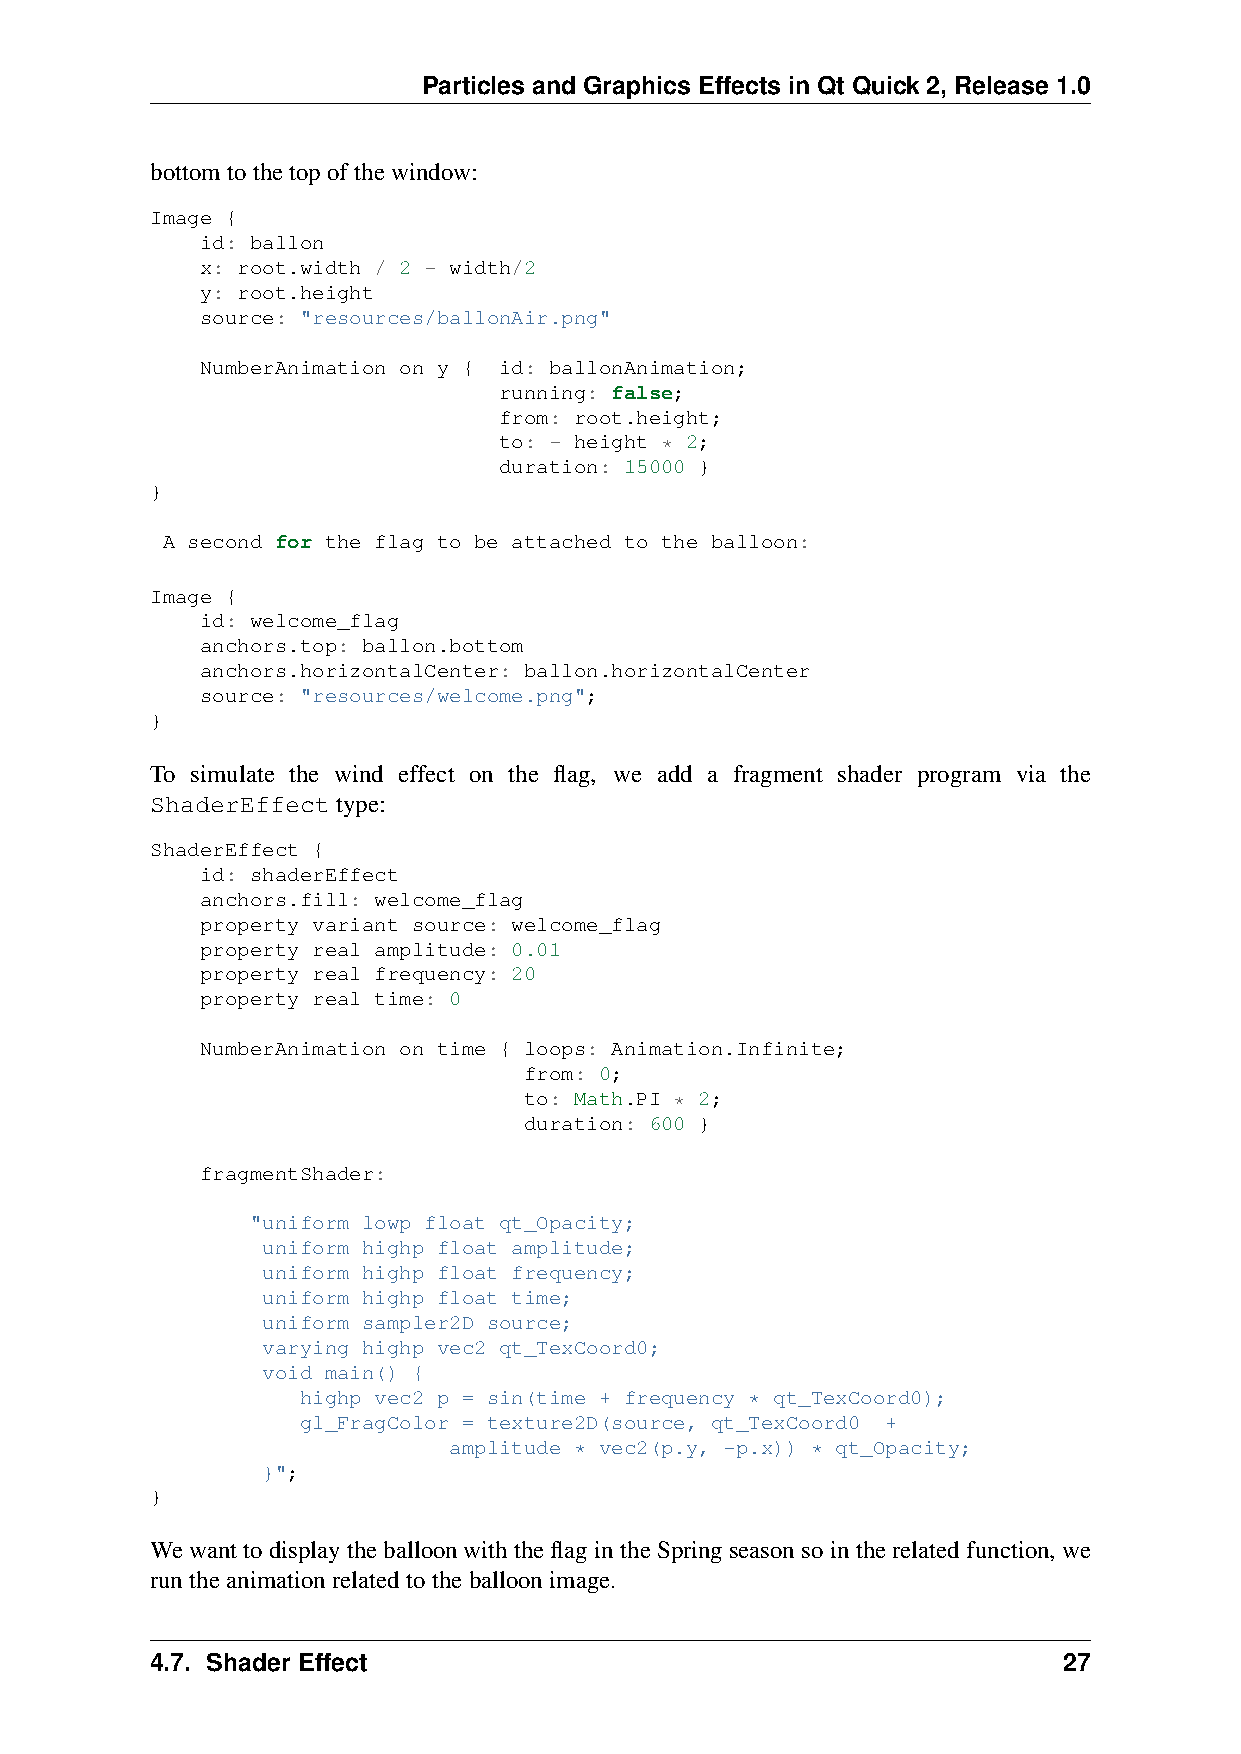
Particles and Graphics Effects in Qt Quick 2, Release 1.0
 bottomtothetopofthewindow:
 Image {
 id: ballon
 x: root.width / 2 - width/2
 y: root.height
 source: "resources/ballonAir.png"
 NumberAnimation on y { id: ballonAnimation;
 running: false;
 from: root.height;
 to: - height * 2;
 duration: 15000 }
 }
 A second for the flag to be attached to the balloon:
 Image {
 id: welcome_flag
 anchors.top: ballon.bottom
 anchors.horizontalCenter: ballon.horizontalCenter
 source: "resources/welcome.png";
 }
 To simulate the wind effect on the flag, we add a fragment shader program via the
 ShaderEffecttype:
 ShaderEffect {
 id: shaderEffect
 anchors.fill: welcome_flag
 property variant source: welcome_flag
 property real amplitude: 0.01
 property real frequency: 20
 property real time: 0
 NumberAnimation on time { loops: Animation.Infinite;
 from: 0;
 to: Math.PI * 2;
 duration: 600 }
 fragmentShader:
 "uniform lowp float qt_Opacity;
 uniform highp float amplitude;
 uniform highp float frequency;
 uniform highp float time;
 uniform sampler2D source;
 varying highp vec2 qt_TexCoord0;
 void main() {
 highp vec2 p = sin(time + frequency * qt_TexCoord0);
 gl_FragColor = texture2D(source, qt_TexCoord0 +
 amplitude * vec2(p.y, -p.x)) * qt_Opacity;
 }";
 }
 WewanttodisplaytheballoonwiththeflagintheSpringseasonsointherelatedfunction,we
 runtheanimationrelatedtotheballoonimage.
 4.7. Shader Effect                                          27